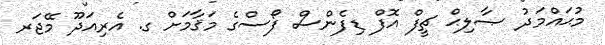
މުޙައްމަދު ޞާލިޙް ޗީފް އޮފް ޑިފެންސް ފޯސްގެ މަޤާމަށް ގ. އެރިއަދޫ މޭޖަރ